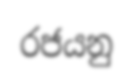
රජයනු